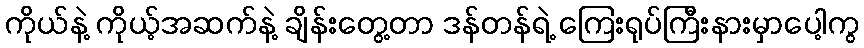
ကိုယ်နဲ့ ကိုယ့်အဆက်နဲ့ ချိန်းတွေ့တာ ဒန်တန်ရဲ့ ကြေးရုပ်ကြီးနားမှာပေါ့ကွ